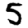
Digit: 5